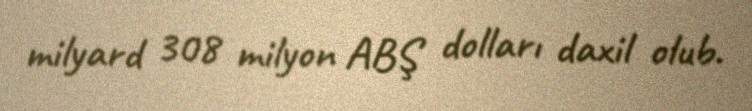
milyard 308 milyon ABŞ dolları daxil olub.